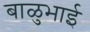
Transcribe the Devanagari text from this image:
बाळुभाई